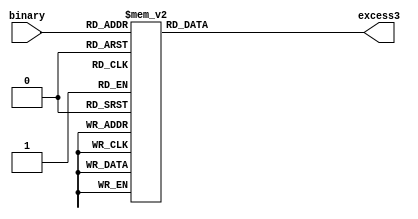
// This program was cloned from: https://github.com/Aryavardhan37/Verilog_codes
// License: MIT License

module bintoex3 (
    input [3:0] binary,
    output reg [3:0] excess3
);

always @(*) begin
    case(binary)
        4'b0000: excess3 = 4'b0011;
        4'b0001: excess3 = 4'b0100;
        4'b0010: excess3 = 4'b0101;
        4'b0011: excess3 = 4'b0110;
        4'b0100: excess3 = 4'b0111;
        4'b0101: excess3 = 4'b1000;
        4'b0110: excess3 = 4'b1001;
        4'b0111: excess3 = 4'b1010;
        4'b1000: excess3 = 4'b1011;
        4'b1001: excess3 = 4'b1100;
        4'b1010: excess3 = 4'b1101;
        4'b1011: excess3 = 4'b1110;
        4'b1100: excess3 = 4'b1111;
        4'b1101: excess3 = 4'b0000;
        4'b1110: excess3 = 4'b0001;
        4'b1111: excess3 = 4'b0010;
        default: excess3 = 4'bxxxx; 
    endcase
end

endmodule